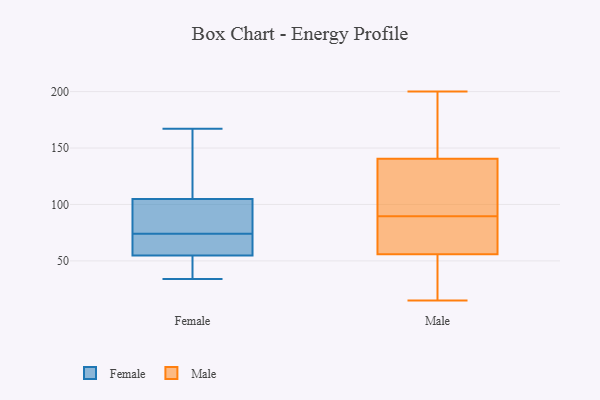
{"axis": {"x": "Inventory Turnover", "y": "Value"}, "legend": ["Female", "Male"], "data": [{"x": "", "y": 85, "type": "Female"}, {"x": "", "y": 137, "type": "Female"}, {"x": "", "y": 167, "type": "Female"}, {"x": "", "y": 140, "type": "Female"}, {"x": "", "y": 41, "type": "Female"}, {"x": "", "y": 74, "type": "Female"}, {"x": "", "y": 66, "type": "Female"}, {"x": "", "y": 75, "type": "Female"}, {"x": "", "y": 34, "type": "Female"}, {"x": "", "y": 58, "type": "Female"}, {"x": "", "y": 60, "type": "Female"}, {"x": "", "y": 45, "type": "Female"}, {"x": "", "y": 94, "type": "Female"}, {"x": "", "y": 200, "type": "Male"}, {"x": "", "y": 57, "type": "Male"}, {"x": "", "y": 159, "type": "Male"}, {"x": "", "y": 86, "type": "Male"}, {"x": "", "y": 26, "type": "Male"}, {"x": "", "y": 15, "type": "Male"}, {"x": "", "y": 55, "type": "Male"}, {"x": "", "y": 93, "type": "Male"}, {"x": "", "y": 78, "type": "Male"}, {"x": "", "y": 193, "type": "Male"}, {"x": "", "y": 122, "type": "Male"}, {"x": "", "y": 115, "type": "Male"}]}